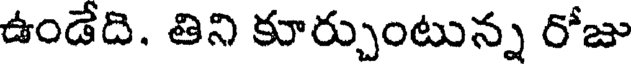
ఉండేది. తిని కూర్చుంటున్న రోజు